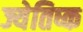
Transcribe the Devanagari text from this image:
ज्येतिष्क